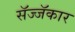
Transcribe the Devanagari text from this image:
सॅज्जॅकार